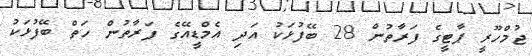
ޖުމްހޫރީ ޕާޓީގެ ފަރާތުން 28 ބޭފުޅަކު އަދި އެމްޑީއޭގެ ފަރާތުން ހަތް ބޭފުޅަކު